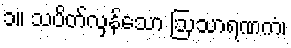
၁။ သပိတ်လှန်သော ဩသာရဏကံ၊